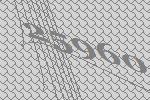
25960